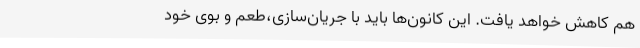
هم کاهش خواهد یافت. این کانون‌ها باید با جریان‌سازی،طعم و بوی خود